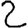
Digit: 2